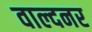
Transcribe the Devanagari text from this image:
वाल्दनर